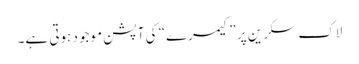
لاک سکرین پر ”کیمرے“ کی آپشن موجود ہوتی ہے۔